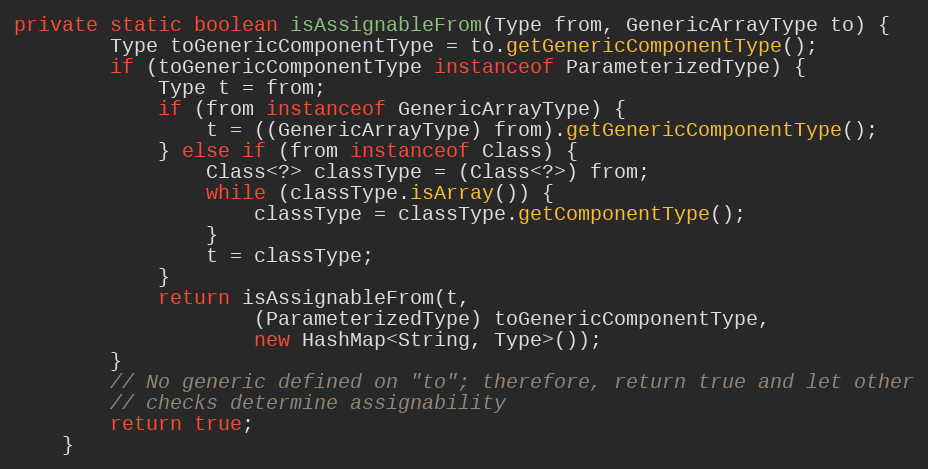
Language: Java
private static boolean isAssignableFrom(Type from, GenericArrayType to) {
		Type toGenericComponentType = to.getGenericComponentType();
		if (toGenericComponentType instanceof ParameterizedType) {
			Type t = from;
			if (from instanceof GenericArrayType) {
				t = ((GenericArrayType) from).getGenericComponentType();
			} else if (from instanceof Class) {
				Class<?> classType = (Class<?>) from;
				while (classType.isArray()) {
					classType = classType.getComponentType();
				}
				t = classType;
			}
			return isAssignableFrom(t,
					(ParameterizedType) toGenericComponentType,
					new HashMap<String, Type>());
		}
		// No generic defined on "to"; therefore, return true and let other
		// checks determine assignability
		return true;
	}